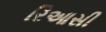
રિઆસી